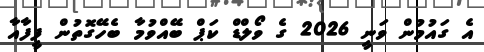
އެ ގައުމުން ވަނީ 2026 ގެ ވޯލްޑް ކަޕް ބޭއްވުމާ ބެހޭގޮތުން ފީފާއާ